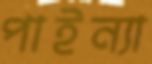
পাইন্যা